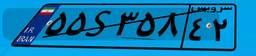
۵۵S۳۵۸۴۲